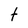
Character: t